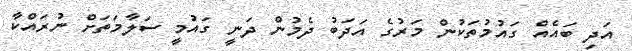
އަދި ބައެއް ގައުމުތަކުން މަރުގެ އަދަބު ދެމުން ދަނީ ގައުމީ ސަލާމަތަށް ނުރައްކާ